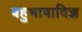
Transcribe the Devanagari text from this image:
बहुभाषाविज्ञ